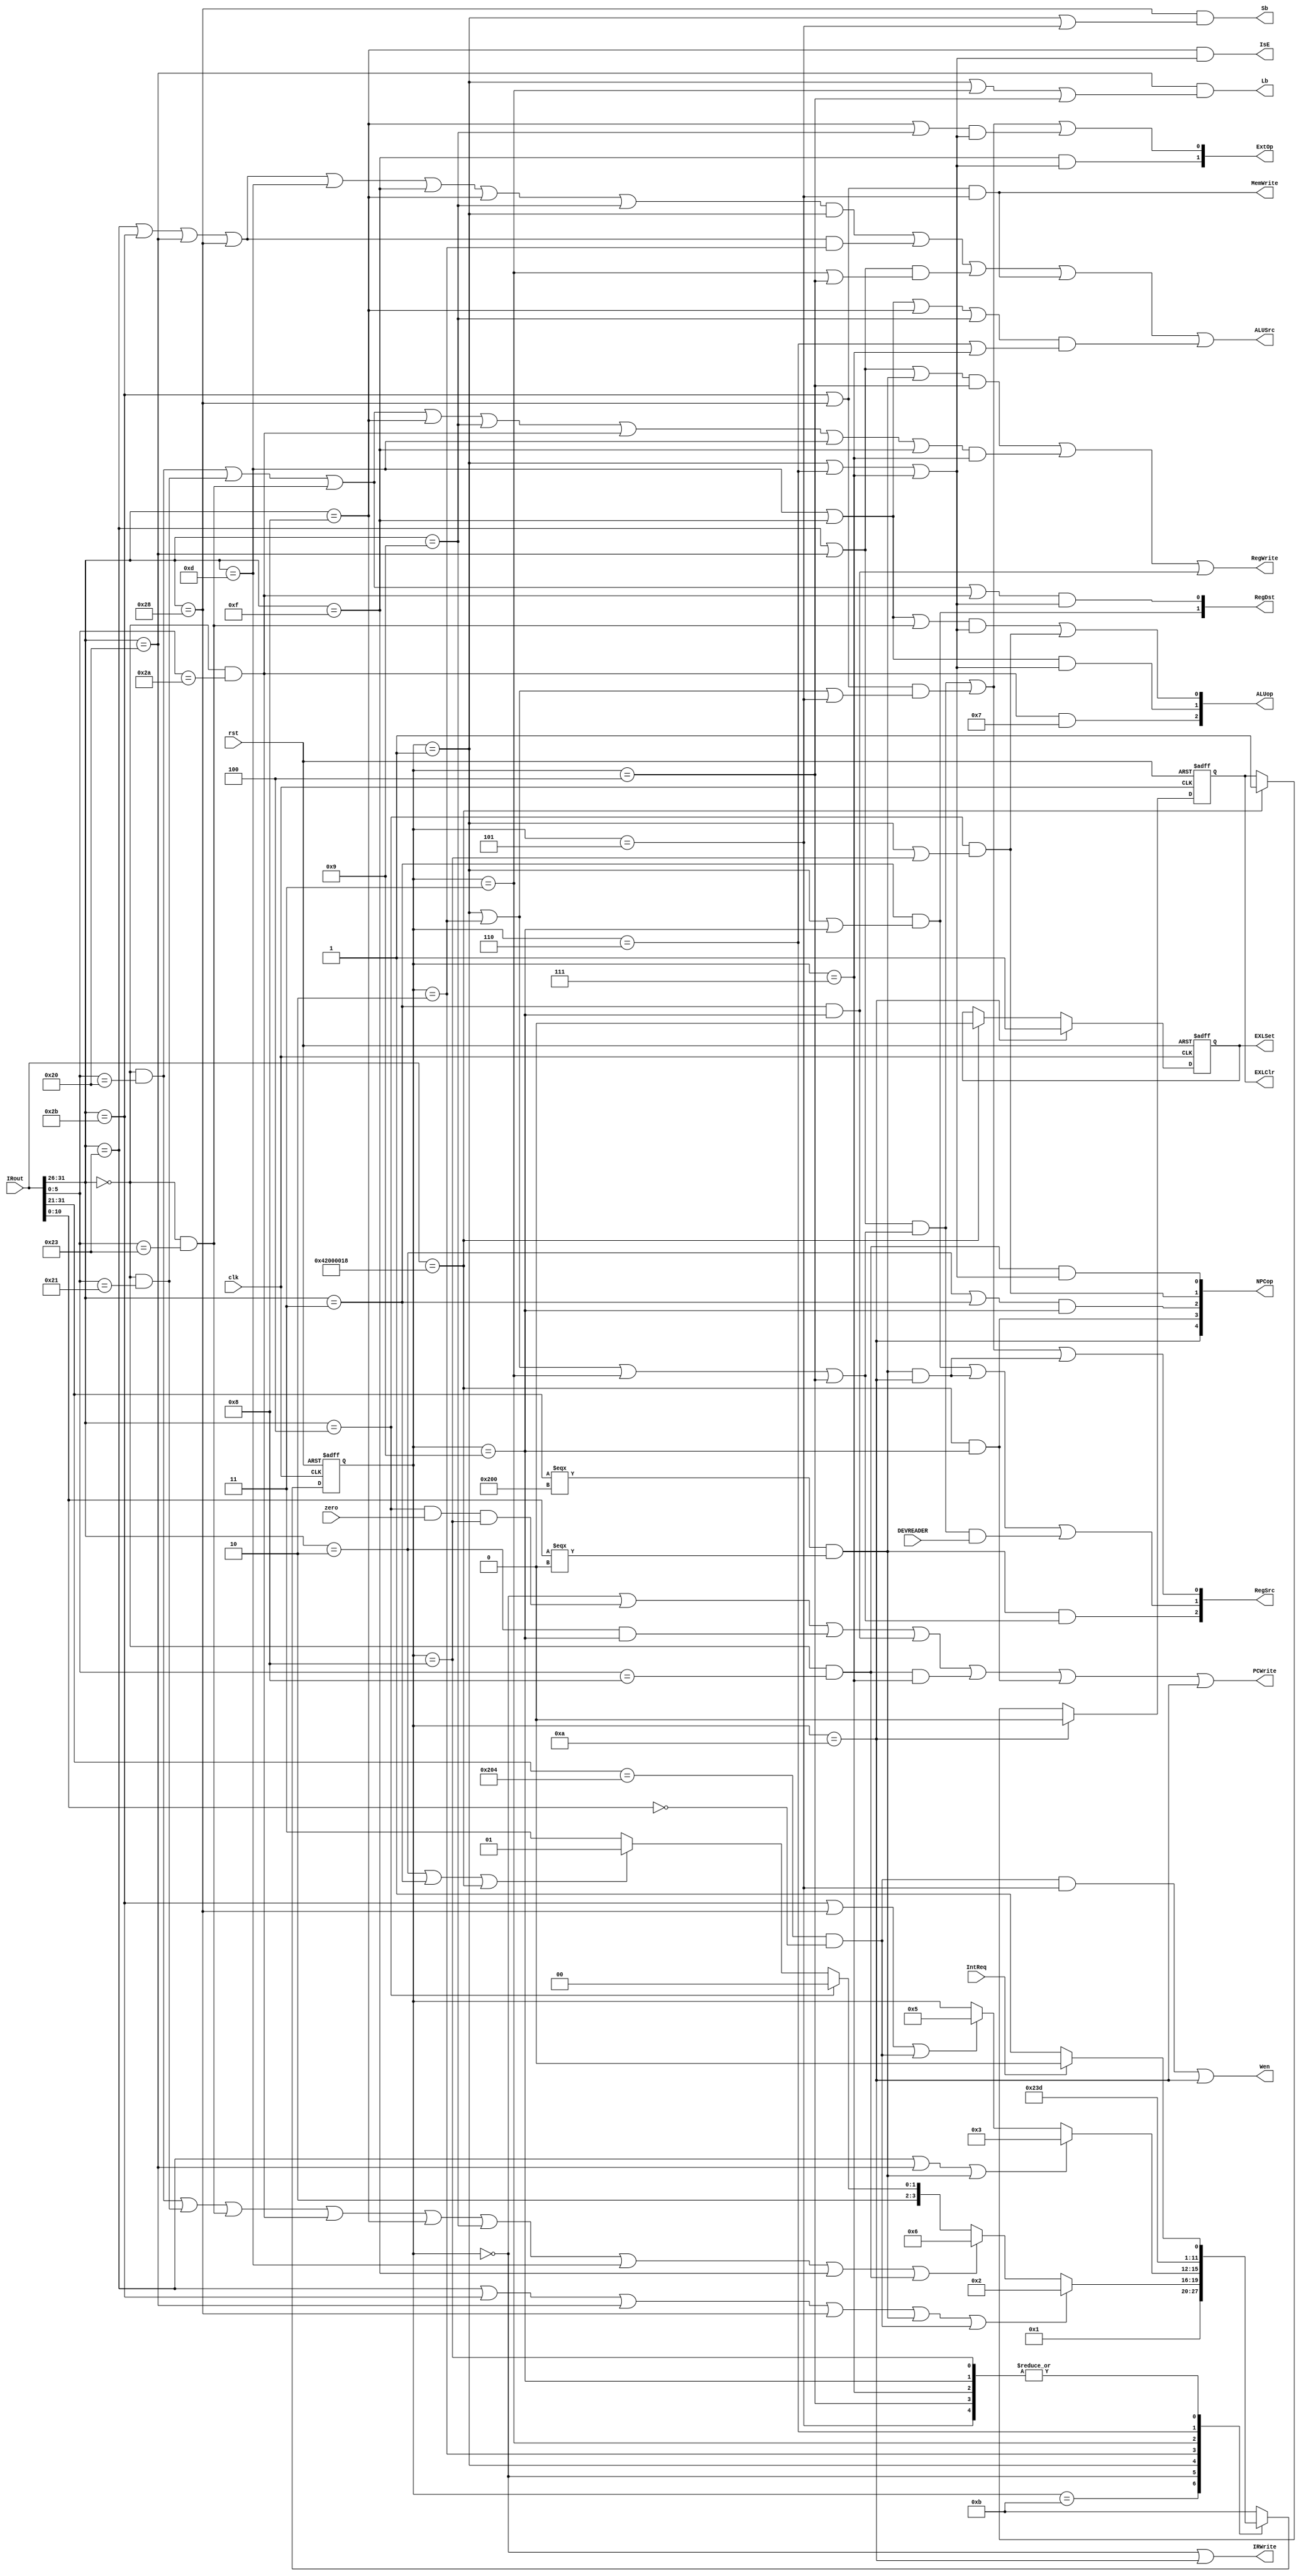
module ctrlUnit(clk, rst, IRout, zero, IntReq, RegDst, ALUSrc, RegSrc, RegWrite, MemWrite, PCWrite, IRWrite, ExtOp, ALUop, NPCop, Lb, Sb, IsE, Wen, DEVREADER, EXLSet, EXLClr);
    input clk, rst, zero, IntReq, DEVREADER;
    input [31:0] IRout;
    output [2:0] ALUop;
    output [4:0] NPCop;
    output [1:0] ExtOp;
    output [1:0] RegDst;
    output [2:0] RegSrc; 
    output ALUSrc, RegWrite, MemWrite, PCWrite, IRWrite, Lb, Sb, IsE;
    output Wen; 
    output reg EXLSet, EXLClr; 
    parameter S0=0,S1=1,S2=2,S3=3,S4=4,S5=5,S6=6,S7=7,S8=8,S9=9,S10=10,S11=11;
    reg [3:0] state;
    
    wire [5:0] op,funct;
    wire add, addu, subu, slt, addi, addiu, ori, lui, lw, sw, lb, sb, beq, j, jal, jr, eret, mfc0, mtc0;
    
    wire Intr, Eret, Jump, Branch, Jr; 
    
    assign op = IRout[31:26];
    assign funct = IRout[5:0];
  
    //R type Instruction
	 assign add  = (op == 6'b0)&(funct == 6'b100000);
    assign addu = (op == 6'b0)&(funct == 6'b100001);
    assign subu = (op == 6'b0)&(funct == 6'b100011);
    assign slt  = (op == 6'b0)&(funct == 6'b101010);
    assign jr   = (op == 6'b0)&(funct == 6'b001000);
      
    //I & J type Instructin
    assign addi  = (op == 6'b001000);
    assign addiu = (op == 6'b001001);
    assign ori   = (op == 6'b001101);
    assign lui   = (op == 6'b001111);
    assign lw    = (op == 6'b100011);
    assign sw    = (op == 6'b101011);
    assign lb    = (op == 6'b100000);
    assign sb    = (op == 6'b101000);
    assign beq   = (op == 6'b000100);
    assign j     = (op == 6'b000010);
    assign jal   = (op == 6'b000011);
    
    //CP0
    assign eret = (IRout == 32'h42000018);
    assign mfc0 = (IRout[31:21] === 11'b010000_00000)&(IRout[10:0] === 11'b0);
    assign mtc0 = (IRout[31:21] == 11'b010000_00100)&(IRout[10:0] == 11'b0);
   
    //FSM 
    always@(posedge clk or negedge rst)
    begin
      if(!rst)
        begin
          state <= S11;
          EXLSet <= 1'b0;
          EXLClr <= 1'b1;  
        end 
      else
		begin
		  if(eret)
			begin
          EXLSet <= 1'b0;
          EXLClr <= 1'b1;
			end
			
        case(state)
          S11:state<=S0;
			 S0:state<=S1;	//get Instruction
          S1:if(lw||sw||lb||sb||mfc0||mtc0) state<=S2;
             else if(add||addu||subu||slt||addi||addiu||ori||lui||jr) state<=S6;
             else if(beq) state<=S8;
             else if(j||jal||eret) state<=S9;
             else state<=S11;
          S2:if(lw||lb||mfc0) state<=S3;   
             else if(sw||sb||mtc0) state<=S5;
          S3:state<=S4; //op==Lw 
          S4:if(IntReq) state<=S10;
             else state<=S11; //Memory Writing
          S5:if(IntReq) state<=S10;
             else state<=S11; //op==Sw
          S6:state<=S7; //op==R&I type,AlU Data Source select
          S7:if(IntReq) state<=S10;
             else state<=S11; //AlU calculating
          S8:if(IntReq) state<=S10;
             else state<=S11; //op==Beq
          S9:if(IntReq) state<=S10;
             else state<=S11; //op==J&Jal
          S10:
            begin
              EXLSet <= 1'b1;
              EXLClr <= 1'b0;
              state <= S11;
            end
          default:state<=S11;
        endcase
		 end
     end
     
    
    //Control Sign Using FSM
    assign PCWrite  = (state == S0)||((beq && zero && state == S8))||(j && state == S9)||(jal && state == S9)||(jr && state == S7)||(eret && state == S9)|| state == S10;
    assign IRWrite  = (state == S0)||(state == S10);
    
    assign RegWrite = ((lw|lb|mfc0) && state == S4)||((add|addu|subu|addi|addiu|slt|ori|lui) && state == S7)||((jal) && state == S9);
    assign MemWrite = (sw|sb) && state == S5;
    assign Wen      = (mtc0 && state == S5) || state == S10;
   
    assign ALUSrc   = ((lw|sw|lb|sb|ori|lui|addi|addiu) && state == S1)||((lw|sw|lb|sb) && state == S2)||((lw|lb) && (state == S3 || state == S4))||((sw|sb) && state == S5)||((ori|lui|addi|addiu) && (state == S6 || state == S7));
    
    assign Intr     = state == S10;
    assign Eret     = (eret) && (state == S9);
    assign Jump     = (j|jal) && (state == S9);
    assign Branch   = (beq) && (state == S1||state == S8);
    assign Jr       = (jr) && (state == S1||state == S6||state ==S7);
    assign NPCop    = {Intr,Eret,Jump,Branch,Jr};
    
    assign Lb       = (lb) && (state == S1||state == S3||state == S4);
    assign Sb       = (sb) && (state == S1||state == S5);
    assign IsE      = (addi) && (state == S1||state == S6||state == S7);
    
    assign RegDst[1]= (jal) && (state == S1||state == S9);
    assign RegDst[0]= (add|addu|subu|slt) && (state == S1||state == S6||state == S7);
    
    assign RegSrc[2]= mfc0 && (state == S1||state == S2||state == S3||state == S4);
    assign RegSrc[1]= ((jal) && (state == S1||state == S9)) || (mfc0 && state == S10) || ((lw|lb) && (state == S1||state == S2||state == S3||state == S4) && DEVREADER);
    assign RegSrc[0]= ((lw|lb) && (state == S1||state == S2||state == S3||state == S4))||((sw|sb) && (state == S1||state == S2||state == S5))||(mfc0 && state == S10);

    assign ALUop[2] = (slt) && S7;
    assign ALUop[1] = (lui|ori) && (state == S1||state == S6||state == S7);
    assign ALUop[0] = ((lui|ori|subu) && (state == S1||state == S6||state == S7))||((beq) && (state == S1||state == S8));
        
    assign ExtOp[1] = (lui) && (state == S1||state == S6||state == S7);
    assign ExtOp[0] = ((lw|lb) && (state == S1||state == S2||state == S3||state == S4))||((sw|sb) && (state == S1||state == S2||state == S5))
                      ||((addi|addiu) && (state ==  S1||state == S6||state == S7));    
endmodule